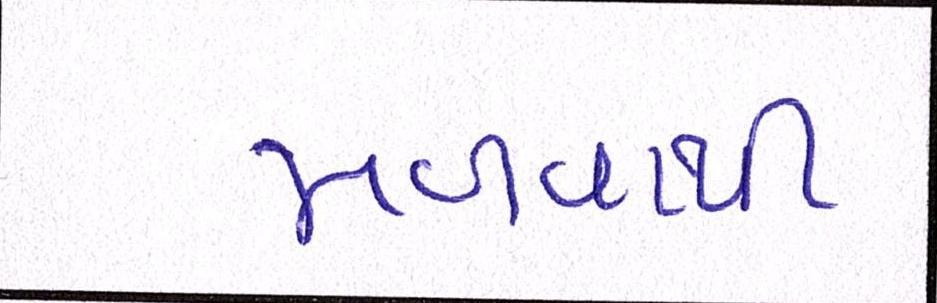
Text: મળવાથી